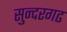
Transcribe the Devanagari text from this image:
सुन्दरगढ